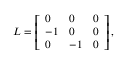
\begin{array} { r } { L = \left[ \begin{array} { l l l } { 0 } & { 0 } & { 0 } \\ { - 1 } & { 0 } & { 0 } \\ { 0 } & { - 1 } & { 0 } \end{array} \right] , } \end{array}